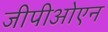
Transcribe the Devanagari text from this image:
जीपीओएन